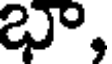
భా,